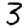
Digit: 3